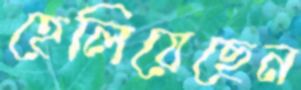
হেলিয়েছেন